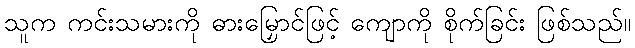
သူက ကင်းသမားကို ဓားမြှောင်ဖြင့် ကျောကို စိုက်ခြင်း ဖြစ်သည်။